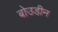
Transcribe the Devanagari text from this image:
बोउडीन